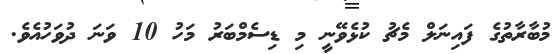
މުބާރާތުގެ ފައިނަލް މެޗު ކުޅެވޭނީ މި ޑިސެމްބަރު މަހު 10 ވަނަ ދުވަހުއެވެ.